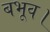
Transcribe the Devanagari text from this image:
बभूव।